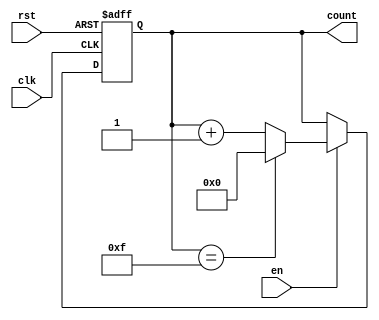
module MemoryBlocksUpCounter #(
    parameter WIDTH = 4  // Parameter to define the width of the counter (e.g., 4 bits)
)(
    input wire clk,      // Clock signal
    input wire rst,      // Asynchronous reset signal
    input wire en,       // Enable signal for counting
    output reg [WIDTH-1:0] count // Output count value
);

    // Maximum count value based on the width
    localparam MAX_COUNT = (1 << WIDTH) - 1; // 2^WIDTH - 1

    // Always block for synchronous reset and counting
    always @(posedge clk or posedge rst) begin
        if (rst) begin
            count <= 0; // Reset count to zero
        end else if (en) begin
            if (count == MAX_COUNT) begin
                count <= 0; // Wrap around to zero
            end else begin
                count <= count + 1; // Increment count
            end
        end
    end

endmodule